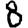
Digit: 8